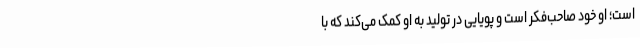
است؛ او خود صاحب‌فکر است و پویایی در تولید به او کمک می‌کند که با